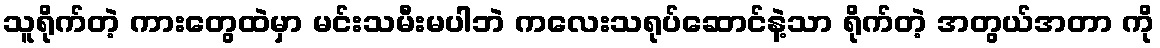
သူရိုက်တဲ့ ကားတွေထဲမှာ မင်းသမီးမပါဘဲ ကလေးသရုပ်ဆောင်နဲ့သာ ရိုက်တဲ့ အတွယ်အတာ ကို